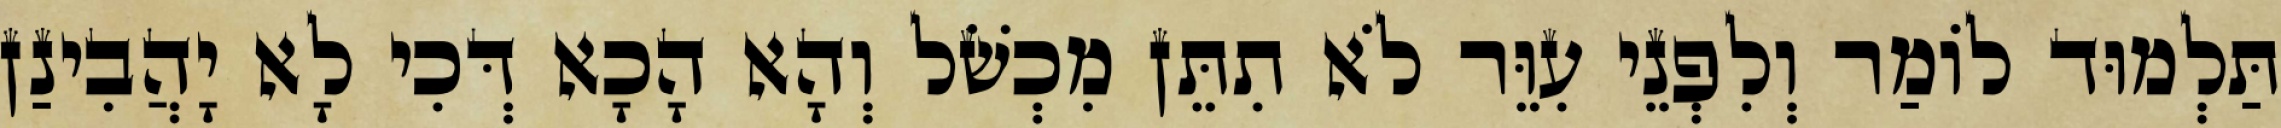
תַּלְמוּד לוֹמַר וְלִפְנֵי עִוֵּר לֹא תִתֵּן מִכְשֹׁל וְהָא הָכָא דְּכִי לָא יָהֲבִינַן